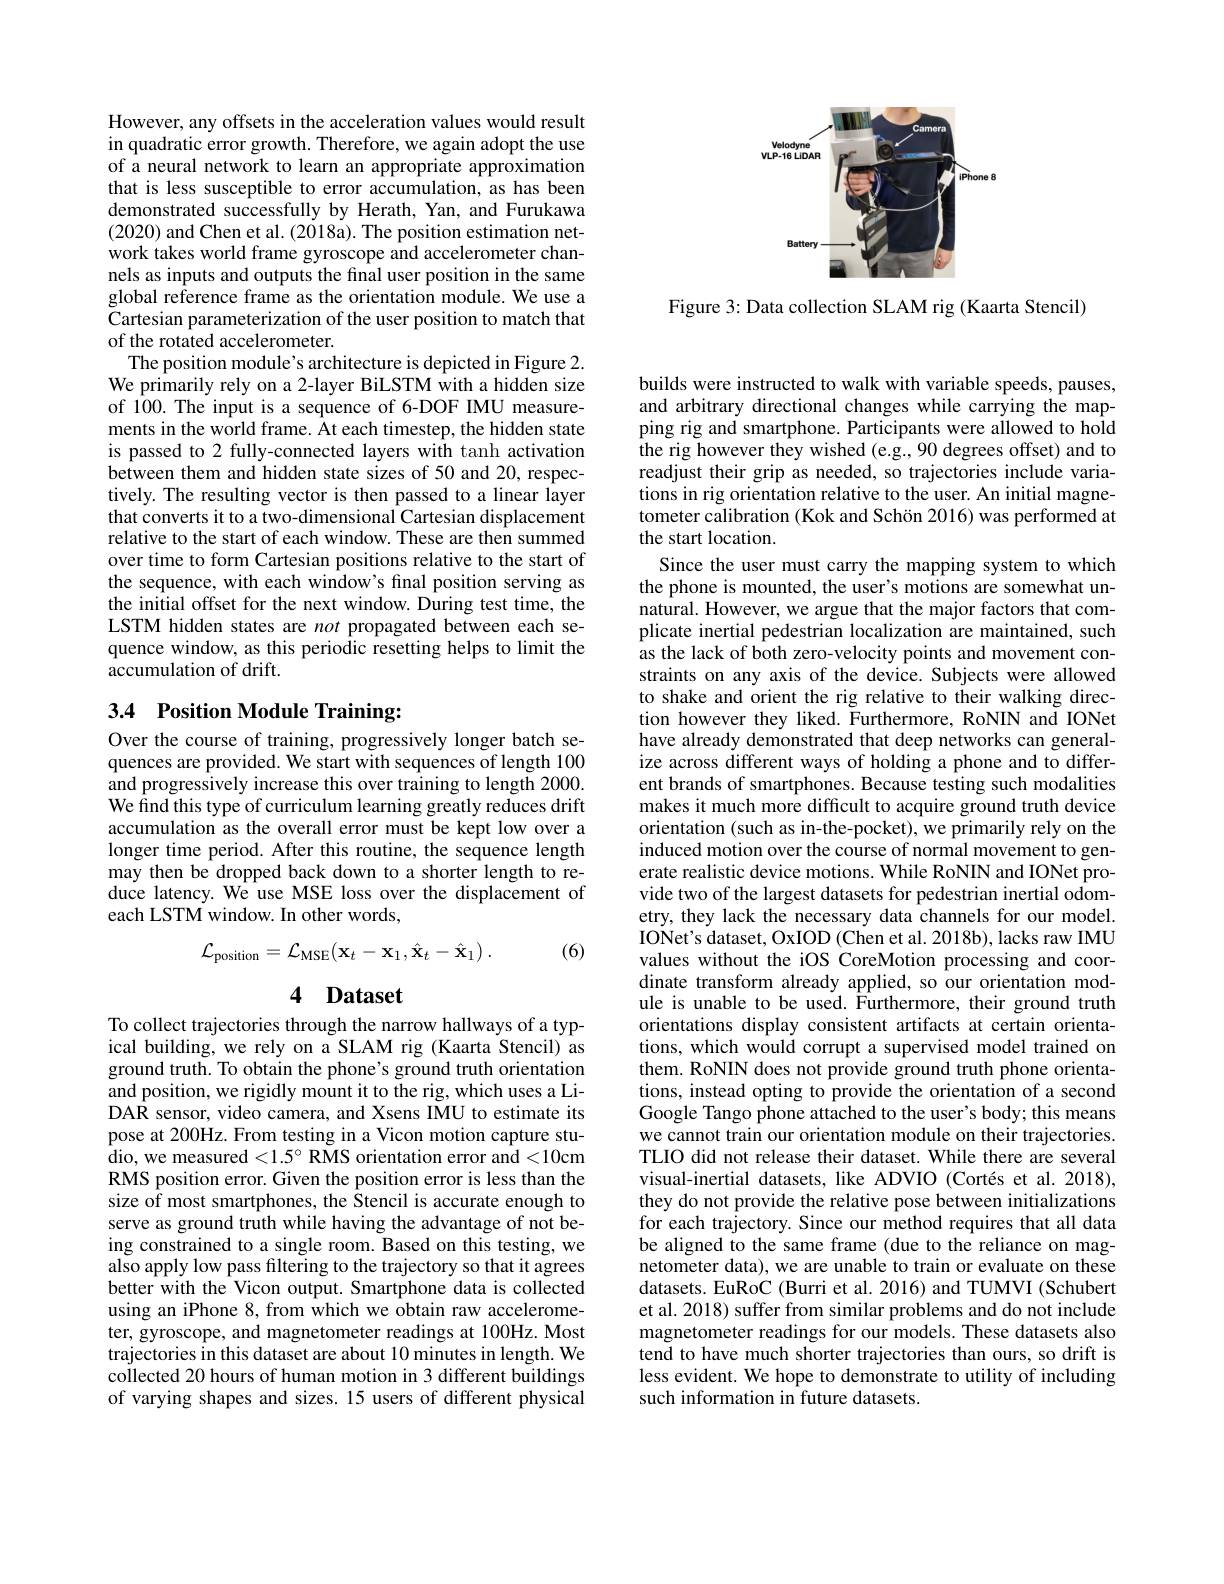
<FigureHere>

Figure 3: Data collection SLAM rig (Kaarta Stencil)

However, any offsets in the acceleration values would result in quadratic error growth. Therefore, we again adopt the use of a neural network to learn an appropriate approximation that is less susceptible to error accumulation, as has been demonstrated successfully by Herath, Yan, and Furukawa (2020) and Chen et al. (2018a). The position estimation network takes world frame gyroscope and accelerometer channels as inputs and outputs the final user position in the same global reference frame as the orientation module. We use a Cartesian parameterization of the user position to match that of the rotated accelerometer.
The position module's architecture is depicted in Figure 2. We primarily rely on a 2-layer BiLSTM with a hidden size of 100. The input is a sequence of 6-DOF IMU measurements in the world frame. At each timestep, the hidden state is passed to 2 fully-connected layers with tanh activation between them and hidden state sizes of 50 and 20, respectively. The resulting vector is then passed to a linear layer that converts it to a two-dimensional Cartesian displacement relative to the start of each window. These are then summed over time to form Cartesian positions relative to the start of the sequence, with each window's final position serving as the initial offset for the next window. During test time, the LSTM hidden states are not propagated between each sequence window, as this periodic resetting helps to limit the $\bar{\text{accumulation of drift.}}$

# 3.4 Position Module Training:

Over the course of training, progressively longer batch sequences are provided. We start with sequences of length 100 $\hat{\text{and progressively increase this over training to length 2000.}}$ We find this type of curriculum learning greatly reduces drift accumulation as the overall error must be kept low over a longer time period. After this routine, the sequence length may then be dropped back down to a shorter length to reduce latency. We use MSE loss over the displacement of each LSTM window. In other words,
$$\mathcal{L}_{\mathrm{position}}=\mathcal{L}_{\mathrm{MSE}}(\mathbf{x}_{t}-\mathbf{x}_{1},\hat{\mathbf{x}}_{t}-\hat{\mathbf{x}}_{1})\:.$$
(6)

# 4 Dataset To collect trajectories through the narrow hallways of a typ-

ical building, we rely on a SLAM rig (Kaarta Stencil) as ground truth. To obtain the phone's ground truth orientation and position, we rigidly mount it to the rig, which uses a LiDAR sensor, video camera, and Xsens IMU to estimate its pose at 200Hz. From testing in a Vicon motion capture studio, we measured $<1.5^\circ$ RMS orientation error and <10cm RMS position error. Given the position error is less than the size of most smartphones, the Stencil is accurate enough to serve as ground truth while having the advantage of not being constrained to a single room. Based on this testing, we also apply low pass filtering to the trajectory so that it agrees better with the Vicon output. Smartphone data is collected using an iPhone 8, from which we obtain raw accelerometer, gyroscope, and magnetometer readings at 100Hz. Most trajectories in this dataset are about 10 minutes in length. We collected 20 hours of human motion in 3 different buildings of varying shapes and sizes. 15 users of different physical

builds were instructed to walk with variable speeds, pauses, and arbitrary directional changes while carrying the mapping rig and smartphone. Participants were allowed to hold the rig however they wished (e.g., 90 degrees offset) and to readjust their grip as needed, so trajectories include variations in rig orientation relative to the user. An initial magnetometer calibration (Kok and Schön 2016) was performed at the start location.
Since the user must carry the mapping system to which the phone is mounted, the user's motions are somewhat unnatural. However, we argue that the major factors that complicate inertial pedestrian localization are maintained, such as the lack of both zero-velocity points and movement constraints on any axis of the device. Subjects were allowed to shake and orient the rig relative to their walking direction however they liked. Furthermore, RoNIN and IONet have already demonstrated that deep networks can generalize across different ways of holding a phone and to different brands of smartphones. Because testing such modalities makes it much more difficult to acquire ground truth device orientation (such as in-the-pocket), we primarily rely on the induced motion over the course of normal movement to generate realistic device motions. While RoNIN and IONet provide two of the largest datasets for pedestrian inertial odometry, they lack the necessary data channels for our model. IONet's dataset, OxIOD (Chen et al. 2018b), lacks raw IMU values without the iOS CoreMotion processing and coordinate transform already applied, so our orientation module is unable to be used. Furthermore, their ground truth orientations display consistent artifacts at certain orientations, which would corrupt a supervised model trained on them. RoNIN does not provide ground truth phone orientations, instead opting to provide the orientation of a second Google Tango phone attached to the user's body; this means we cannot train our orientation module on their trajectories. TLIO did not release their dataset. While there are several visual-inertial datasets, like ADVIO (Cortés et al. 2018), they do not provide the relative pose between initializations for each trajectory. Since our method requires that all data be aligned to the same frame (due to the reliance on magnetometer data), we are unable to train or evaluate on these datasets. EuRoC (Burri et al. 2016) and TUMVI (Schubert et al. 2018) suffer from similar problems and do not include magnetometer readings for our models. These datasets also tend to have much shorter trajectories than ours, so drift is less evident. We hope to demonstrate to utility of including such information in future datasets.